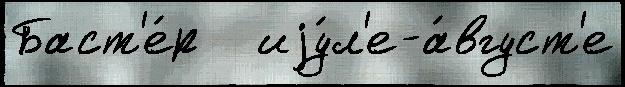
Баст'е́р   иjу́л'е-а́вгуст'е